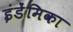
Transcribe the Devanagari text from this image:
इंडेंमिका